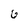
Character: 6